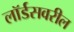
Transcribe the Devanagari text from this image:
लॉर्डसवरील